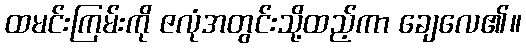
ထမင်းကြမ်းကို ဇလုံအတွင်းသို့ထည့်ကာ ချေလေ၏။